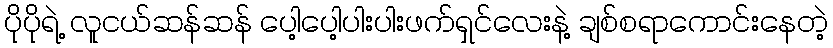
ပိုပိုရဲ့ လူငယ်ဆန်ဆန် ပေါ့ပေါ့ပါးပါးဖက်ရှင်လေးနဲ့ ချစ်စရာကောင်းနေတဲ့